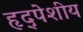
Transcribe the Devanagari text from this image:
हृद्पेशीय